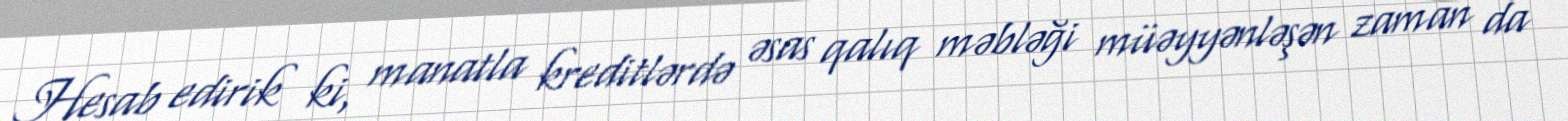
Hesab edirik ki, manatla kreditlərdə əsas qalıq məbləği müəyyənləşən zaman da